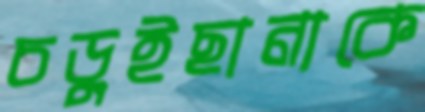
চড়ুইছানাকে